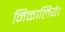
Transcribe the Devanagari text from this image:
निकालिये।